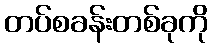
တပ်စခန်းတစ်ခုကို